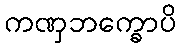
ကဏှဘက္ခောပိ